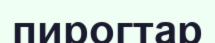
пирогтар